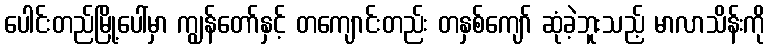
ပေါင်းတည်မြို့ပေါ်မှာ ကျွန်တော်နှင့် တကျောင်းတည်း တနှစ်ကျော် ဆုံခဲ့ဘူးသည့် မာလာသိန်းကို